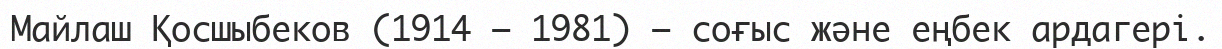
Майлаш Қосшыбеков (1914 – 1981) – соғыс және еңбек ардагері.